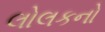
લોલકનો